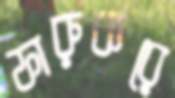
ফারুকরে